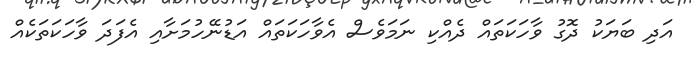
އަދި ބަޔަކު ދޮގު ވާހަކަތައް ދެއްކި ނަމަވެސް އެވާހަކަތައް އަޑުނޭހުމަށާއި އެފަދަ ވާހަކަތަކެއް